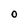
Character: O